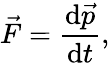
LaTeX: {\vec{F}}={\frac{\mathrm{d}{\vec{p}}}{\mathrm{d}t}},